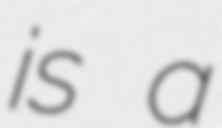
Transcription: is a